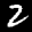
Label: 2